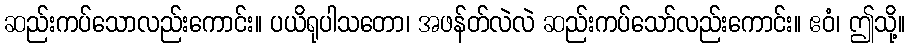
ဆည်းကပ်သောလည်းကောင်း။ ပယိရုပါသတော၊ အဖန်တ်လဲလဲ ဆည်းကပ်သော်လည်းကောင်း။ ဧဝံ၊ ဤသို့။